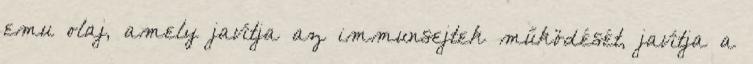
emu olaj, amely javítja az immunsejtek működését, javítja a